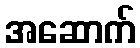
အဆောက်